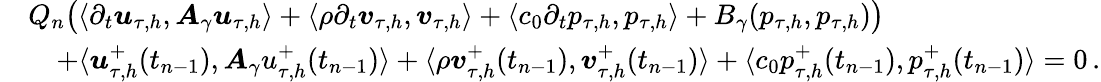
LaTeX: \begin{array}{rl}&{Q_{n}\big(\langle\partial_{t}\boldsymbol u_{\tau,h},\boldsymbol A_{\gamma}\boldsymbol u_{\tau,h}\rangle+\langle\rho\partial_{t}\boldsymbol v_{\tau,h},\boldsymbol v_{\tau,h}\rangle+\langle c_{0}\partial_{t}p_{\tau,h},p_{\tau,h}\rangle+B_{\gamma}(p_{\tau,h},p_{\tau,h})\big)}\\ &{\quad+\langle\boldsymbol u_{\tau,h}^{+}(t_{n-1}),\boldsymbol A_{\gamma}u_{\tau,h}^{+}(t_{n-1})\rangle+\langle\rho\boldsymbol v_{\tau,h}^{+}(t_{n-1}),\boldsymbol v_{\tau,h}^{+}(t_{n-1})\rangle+\langle c_{0}p_{\tau,h}^{+}(t_{n-1}),p_{\tau,h}^{+}(t_{n-1})\rangle=0\, .}\end{array}